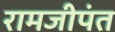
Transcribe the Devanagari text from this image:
रामजीपंत